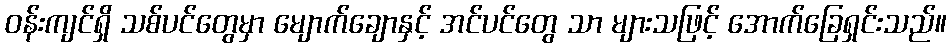
ဝန်းကျင်ရှိ သစ်ပင်တွေမှာ မျောက်ချောနှင့် အင်ပင်တွေ သာ များသဖြင့် အောက်ခြေရှင်းသည်။